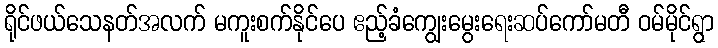
ရိုင်ဖယ်သေနတ်အလက် မကူးစက်နိုင်ပေ ဧည့်ခံကျွေးမွေးရေးဆပ်ကော်မတီ ဝမ်မိုင်ရွာ